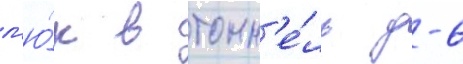
л'ю́к в тонн'е́ль д-6